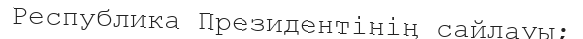
Республика Президентінің сайлауы;